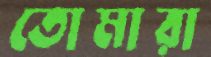
তোমারা